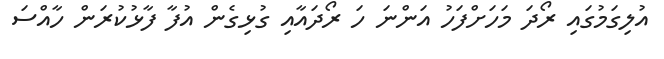
އުލިގަމުގައި ރޯދަ މަހަށްފަހު އަންނަ ހަ ރޯދައާއި ގުޅިގެން އުފާ ފާޅުކުރަން ހާއްސަ